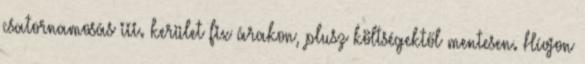
csatornamosás iii. kerület fix árakon, plusz költségektől mentesen. Hívjon